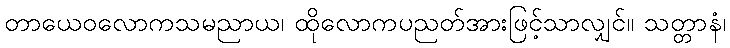
တာယေဝလောကသမညာယ၊ ထိုလောကပညတ်အားဖြင့်သာလျှင်။ သတ္တာနံ၊